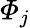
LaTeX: \varPhi_{j}